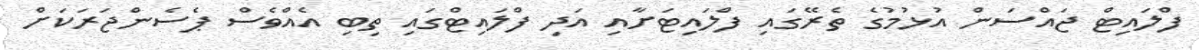
ފްލައިޓް ޖައްސަން އުޅުމުގެ ތެރޭގައި ފްލައިޓަށާއި އަދި ފްލައިޓްގައި ތިބި އެއްވެސް ޕެސެންޖަރަކަށް